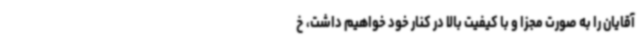
آقایان را به صورت مجزا و با کیفیت بالا در کنار خود خواهیم داشت، خ